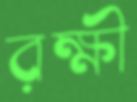
রক্ষী